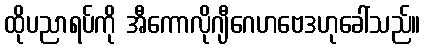
ထိုပညာရပ်ကို အီကောလိုဂျီဂေဟဗေဒဟုခေါ်သည်။